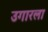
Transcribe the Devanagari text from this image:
उगारला